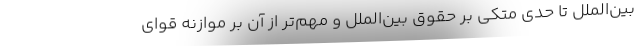
بین‌الملل تا حدی متکی بر حقوق بین‌الملل و مهم‌تر از آن بر موازنه قوای